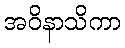
အဝိနာသိကာ